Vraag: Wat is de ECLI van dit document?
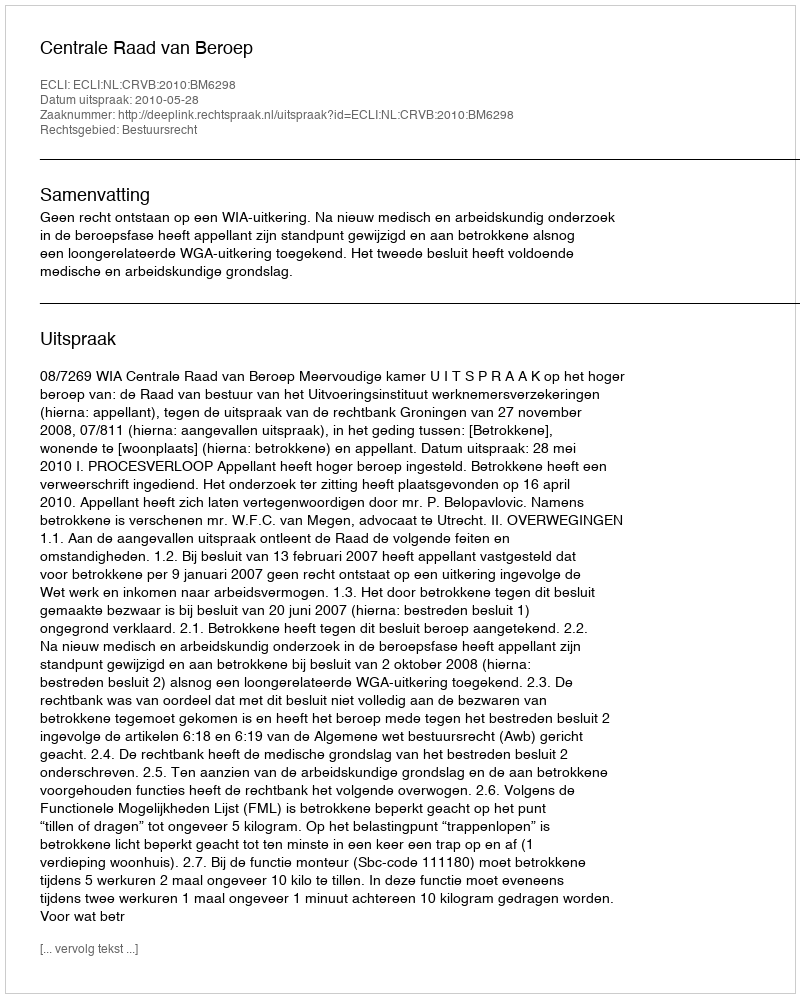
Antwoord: ECLI:NL:CRVB:2010:BM6298